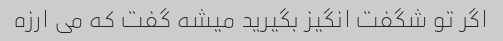
اگر تو شگفت انگیز بگیرید میشه گفت که می ارزه